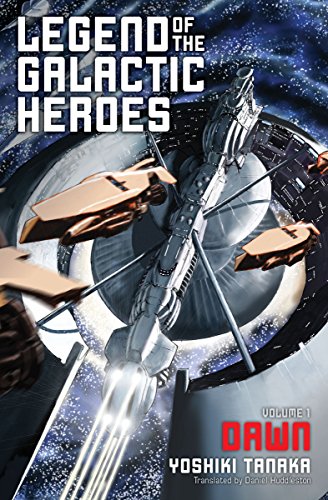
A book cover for Legend of the Galactic Heroes, Vol. 1: Dawn; Yoshiki Tanaka; Comics & Graphic Novels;